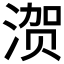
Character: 𰜢